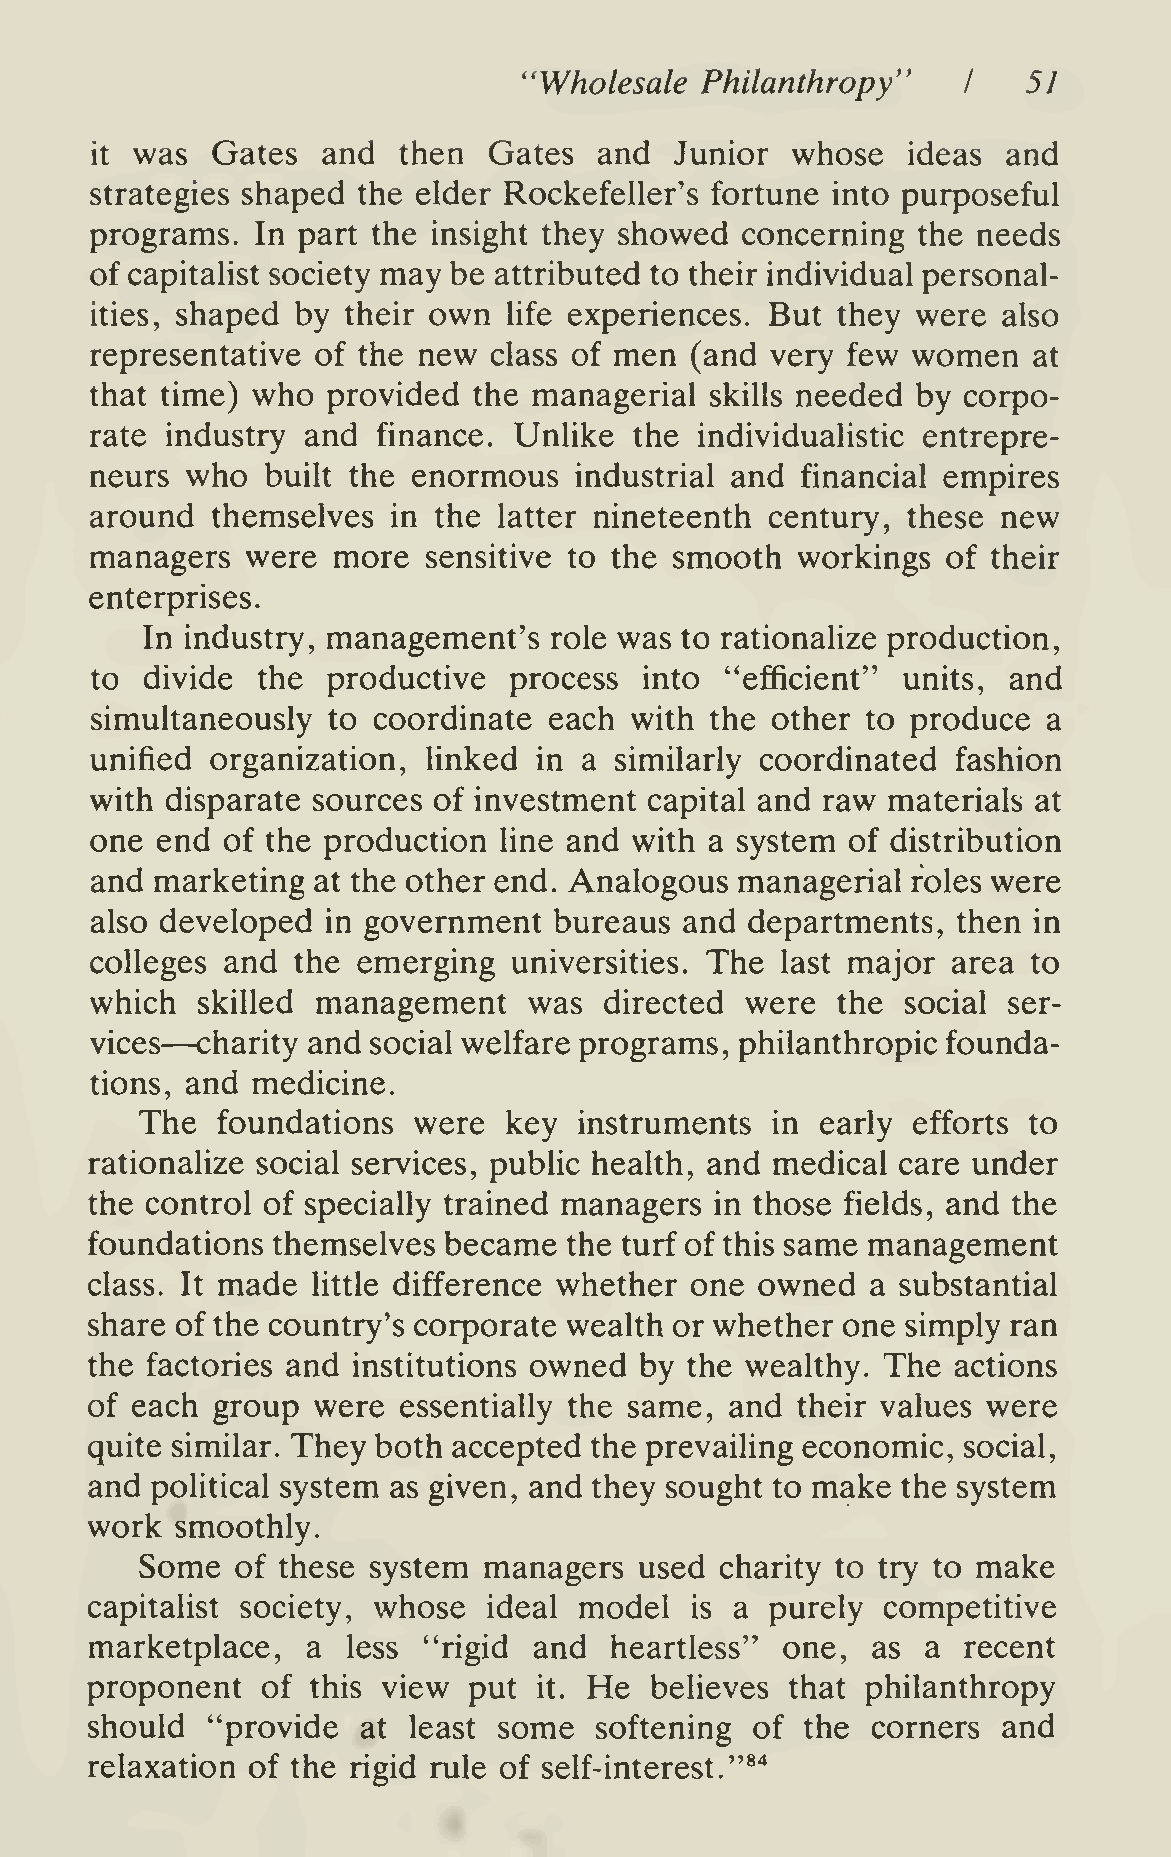
''Wholesale Philanthropy"        51
 I
 was  Gates  and  then  Gates   and  Junior whose   ideas  and
 it
 strategies shaped the elder Rockefeller's fortune into purposeful
 programs.  In part the insight they showed concerning  the needs
 of capitalist society may be attributed to their individual personal-
 ities, shaped by their own  Ufe experiences. But they  were also
 representative of the new class of men  (and very few women   at
 that time) who  provided the managerial  skills needed by corpo-
 rate industry and  finance. Unhke   the individualistic entrepre-
 neurs who   built the enormous  industrial and financial empires
 around  themselves  in the latter nineteenth century, these new
 managers  were  more  sensitive to the smooth  workings  of their
 enterprises.
 In industry, management's  role was to rationalize production,
 to  divide the  productive  process  into "efficient" units, and
 simultaneously  to coordinate each  with the other to produce  a
 unified organization, hnked   in a similarly coordinated fashion
 with disparate sources of investment capital and raw materials at
 one end  of the production line and with a system of distribution
 and marketing  at the other end. Analogous managerial roles were
 also developed  in government  bureaus and  departments, then in
 colleges and the  emerging  universities. The last major area to
 which  skilled management    was  directed were  the  social ser-
 —
 vices  charity and social welfare programs, philanthropic founda-
 tions, and medicine.
 The  foundations  were   key instruments  in early efforts to
 rationalize social services, public health, and medical care under
 the control of specially trained managers in those fields, and the
 foundations themselves became   the turf of this same management
 class. It made little difference whether one owned  a substantial
 share of the country's corporate wealth or whether one simply ran
 the factories and institutions owned by the wealthy. The actions
 of each group  were essentially the same, and  their values were
 quite similar. They both accepted the prevaihng economic, social,
 and political system as given, and they sought to make the system
 work  smoothly.
 Some   of these system managers  used  charity to try to make
 capitalist society, whose ideal model   is a purely  competitive
 marketplace,  a  less "rigid and  heartless"  one,  as a  recent
 proponent  of  this view put  it. He believes that philanthropy
 should  "provide  at least some  softening  of the  corners and
 relaxation of the rigid rule of self-interest."*"*